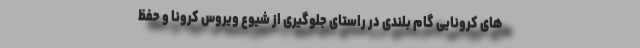
های کرونایی گام بلندی در راستای جلوگیری از شیوع ویروس کرونا و حفظ